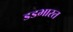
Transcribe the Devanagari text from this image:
डडभारत